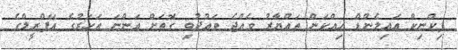
ޕިކްނިކް އައިލެންޑް ހިއްކަން ތައްޔާރު ވެއްޖެ ވައުދުވި ގޮތަށް އަންނަ އަހަރުގެ އޭޕްރީލްގެ